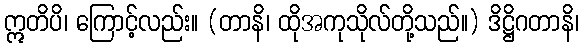
ဣတိပိ၊ ကြောင့်လည်း။ (တာနိ၊ ထိုအကုသိုလ်တို့သည်။) ဒိဋ္ဌိဂတာနိ၊